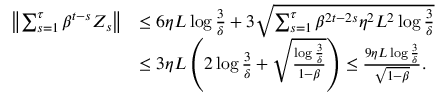
\begin{array} { r l } { \left\Vert \sum _ { s = 1 } ^ { \tau } \beta ^ { t - s } Z _ { s } \right\Vert } & { \leq 6 \eta L \log \frac { 3 } { \delta } + 3 \sqrt { \sum _ { s = 1 } ^ { \tau } \beta ^ { 2 t - 2 s } \eta ^ { 2 } L ^ { 2 } \log \frac { 3 } { \delta } } } \\ & { \leq 3 \eta L \left( 2 \log \frac { 3 } { \delta } + \sqrt { \frac { \log \frac { 3 } { \delta } } { 1 - \beta } } \right) \leq \frac { 9 \eta L \log \frac { 3 } { \delta } } { \sqrt { 1 - \beta } } . } \end{array}